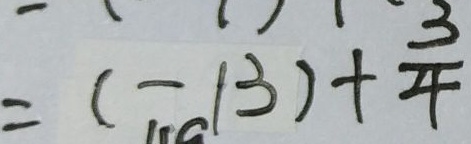
= ( - 1 3 ) + \frac { 3 } { 4 }